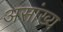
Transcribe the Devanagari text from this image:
असांख्य